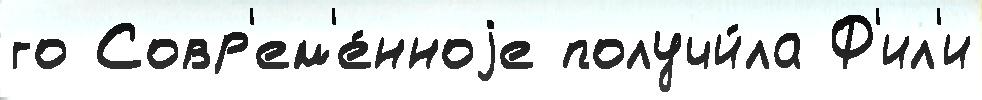
го Совр'ем'е́нноjе получи́ла Ф'ил'и